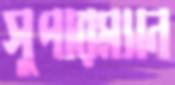
সুপারম্যান